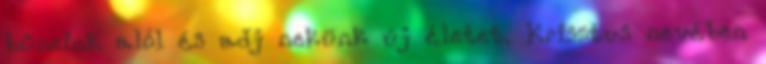
bűneink alól és adj nekünk új életet. Krisztus nevében